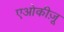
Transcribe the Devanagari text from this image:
एओकीज़ू